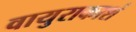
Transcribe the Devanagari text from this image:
वायुराकाशं